NAE_EAOK_eestikeelsed_sunnimeetrikad, lk 69
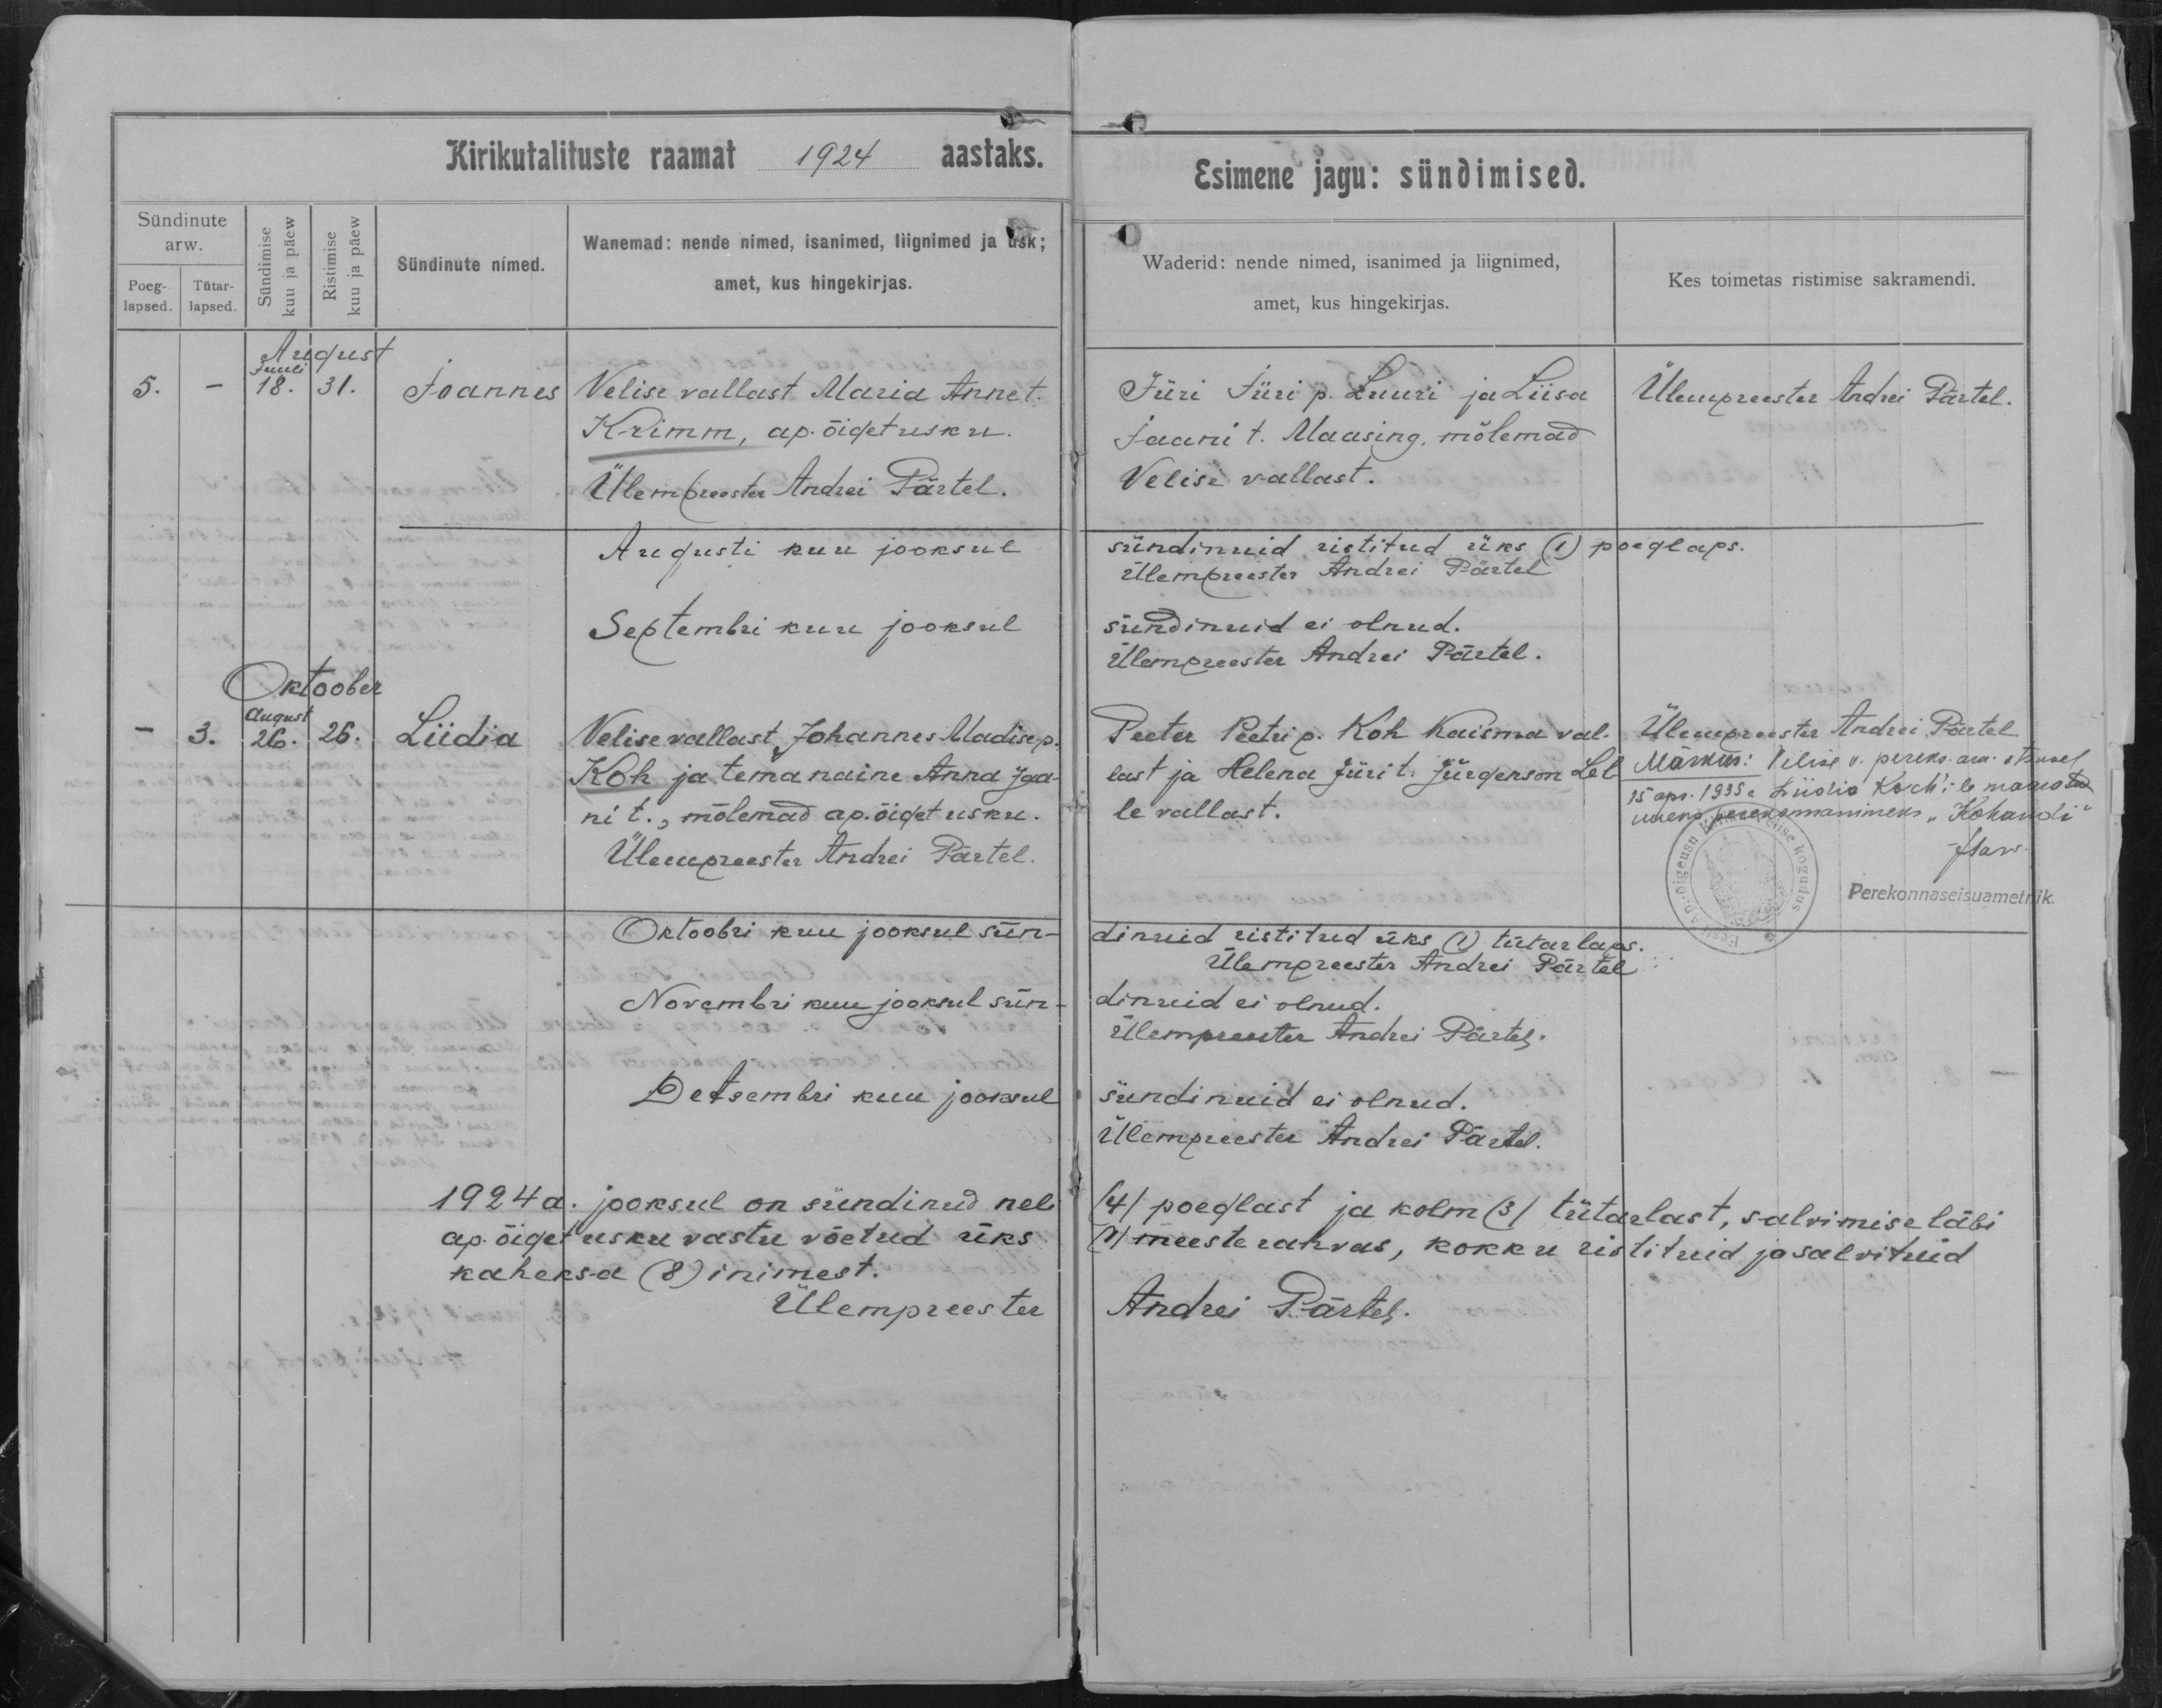
Joannes

Liidia

Velise vallast Maria Anne t.
Krimm, ap. õiget usku.

Velise vallast Johannes Madise p.
Koh ja tema naine Anna Jaa-
ni t., mõlemad ap. õiget usku.